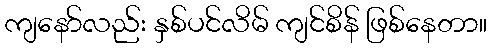
ကျနော်လည်း နှစ်ပင်လိမ် ကျင်စိန် ဖြစ်နေတာ။